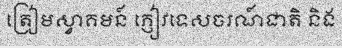
ត្រៀមស្វាគមន៍ ភ្ញៀវទេសចរណ៍ជាតិ និង